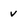
Character: v